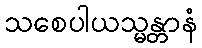
သစေပါယသ္မန္တာနံ